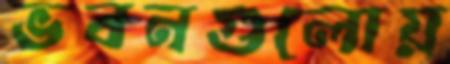
ভবনগুলোয়